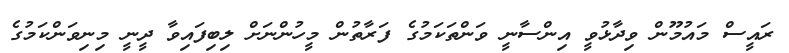
ރައީސް މައުމޫން ވިދާޅުވީ އިންސާނީ ވަންތަކަމުގެ ފަރާތުން މީހުންނަށް ލިބިފައިވާ ދީނީ މިނިވަންކަމުގެ